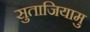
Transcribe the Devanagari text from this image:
सुताजियामु